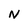
Character: N